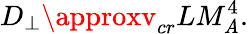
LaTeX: D_{\perp}\approxv_{cr}LM_{\mathit{A}}^{4}.